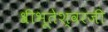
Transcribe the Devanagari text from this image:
श्रीभूतेश्वरजी